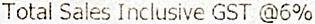
TOTAL SALES INCLUSIVE GST @6%